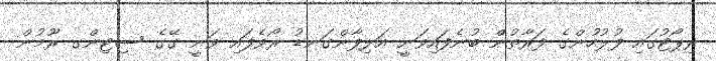
ރިޕޯޓުގައި ފުލުހުންގެ ފަރާތުންް ބުނެފައިވަނީ އަލިފާންގަނޑު ރޯވެފައި ވަނީ ގޭގެ ސިޓިންގ ރޫމުން